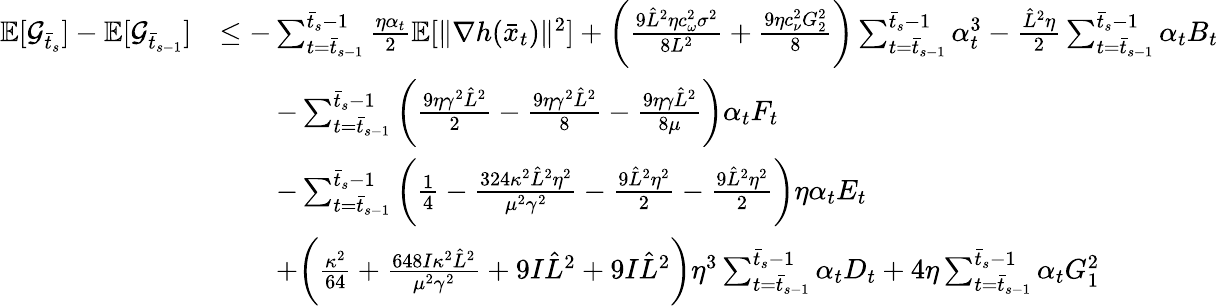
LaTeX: \begin{array}{rl}{\mathbb{E}[\mathcal{G}_{\bar{t}_{s}}]-\mathbb{E}[\mathcal{G}_{\bar{t}_{s-1}}]}&{\leq-\sum_{t=\bar{t}_{s-1}}^{\bar{t}_{s}-1}\frac{\eta\alpha_{t}}{2}\mathbb{E}[\| \nabla h(\bar{x}_{t})\| ^{2}]+\bigg(\frac{9\hat{L}^{2}\eta c_{\omega}^{2}\sigma^{2}}{8L^{2}}+\frac{9\eta c_{\nu}^{2}G_{2}^{2}}{8}\bigg)\sum_{t=\bar{t}_{s-1}}^{\bar{t}_{s}-1}\alpha_{t}^{3}-\frac{\hat{L}^{2}\eta}{2}\sum_{t=\bar{t}_{s-1}}^{\bar{t}_{s}-1}\alpha_{t}B_{t}}\\ &{\qquad-\sum_{t=\bar{t}_{s-1}}^{\bar{t}_{s}-1}\bigg(\frac{9\eta\gamma^{2}\hat{L}^{2}}{2}-\frac{9\eta\gamma^{2}\hat{L}^{2}}{8}-\frac{9\eta\gamma\hat{L}^{2}}{8\mu}\bigg)\alpha_{t}F_{t}}\\ &{\qquad-\sum_{t=\bar{t}_{s-1}}^{\bar{t}_{s}-1}\bigg(\frac{1}{4}-\frac{324\kappa^{2}\hat{L}^{2}\eta^{2}}{\mu^{2}\gamma^{2}}-\frac{9\hat{L}^{2}\eta^{2}}{2}-\frac{9\hat{L}^{2}\eta^{2}}{2}\bigg)\eta\alpha_{t}E_{t}}\\ &{\qquad+\bigg(\frac{\kappa^{2}}{64}+\frac{648I\kappa^{2}\hat{L}^{2}}{\mu^{2}\gamma^{2}}+9I\hat{L}^{2}+9I\hat{L}^{2}\bigg)\eta^{3}\sum_{t=\bar{t}_{s-1}}^{\bar{t}_{s}-1}\alpha_{t}D_{t}+4\eta\sum_{t=\bar{t}_{s-1}}^{\bar{t}_{s}-1}\alpha_{t}G_{1}^{2}}\end{array}